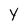
Character: y